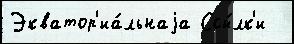
Экватор'иа́льнаjа Ссы́лк'и